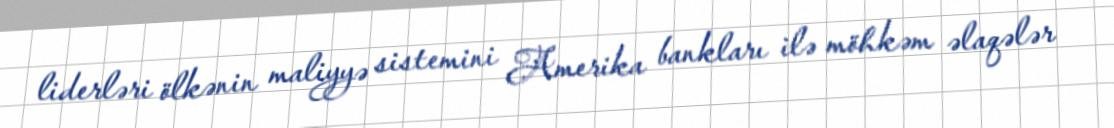
liderləri ölkənin maliyyə sistemini Amerika bankları ilə möhkəm əlaqələr